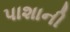
પાશાની